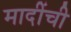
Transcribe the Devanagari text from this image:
मादींची